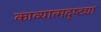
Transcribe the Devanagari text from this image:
काव्यात्मदृष्ट्या